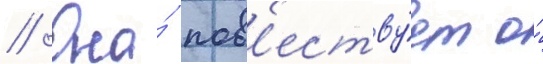
// Она́ пов'еству́ет о́